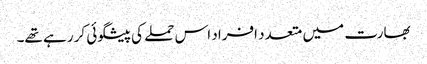
بھارت میں متعدد افراد اس حملے کی پیشگوئی کر رہے تھے۔